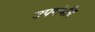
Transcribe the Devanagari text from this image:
उपगंभीर